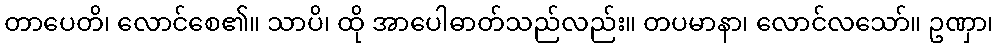
တာပေတိ၊ လောင်စေ၏။ သာပိ၊ ထို အာပေါဓာတ်သည်လည်း။ တပမာနာ၊ လောင်လသော်။ ဥဏှာ၊